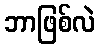
ဘာဖြစ်လဲ